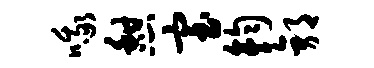
哦憩室钧郭